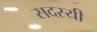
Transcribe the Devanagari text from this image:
सदस्यी